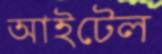
আইটেল